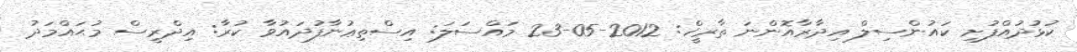
ކުޅުދުއްފުށި ކައުންސިލް އިދާރާއޮންނަ ތާރީޚް: 2012-05-23 މައްސަލަ: އިސްތިޢުނާފުދައުވާ ކުރާ: އިދްރީސް މުޙައްމަދު